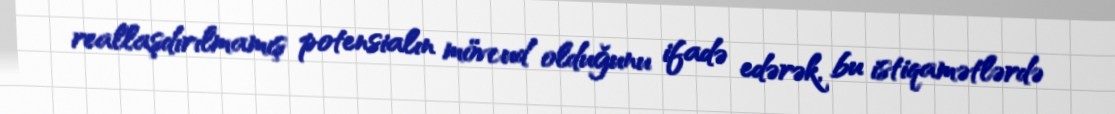
reallaşdırılmamış potensialın mövcud olduğunu ifadə edərək, bu istiqamətlərdə